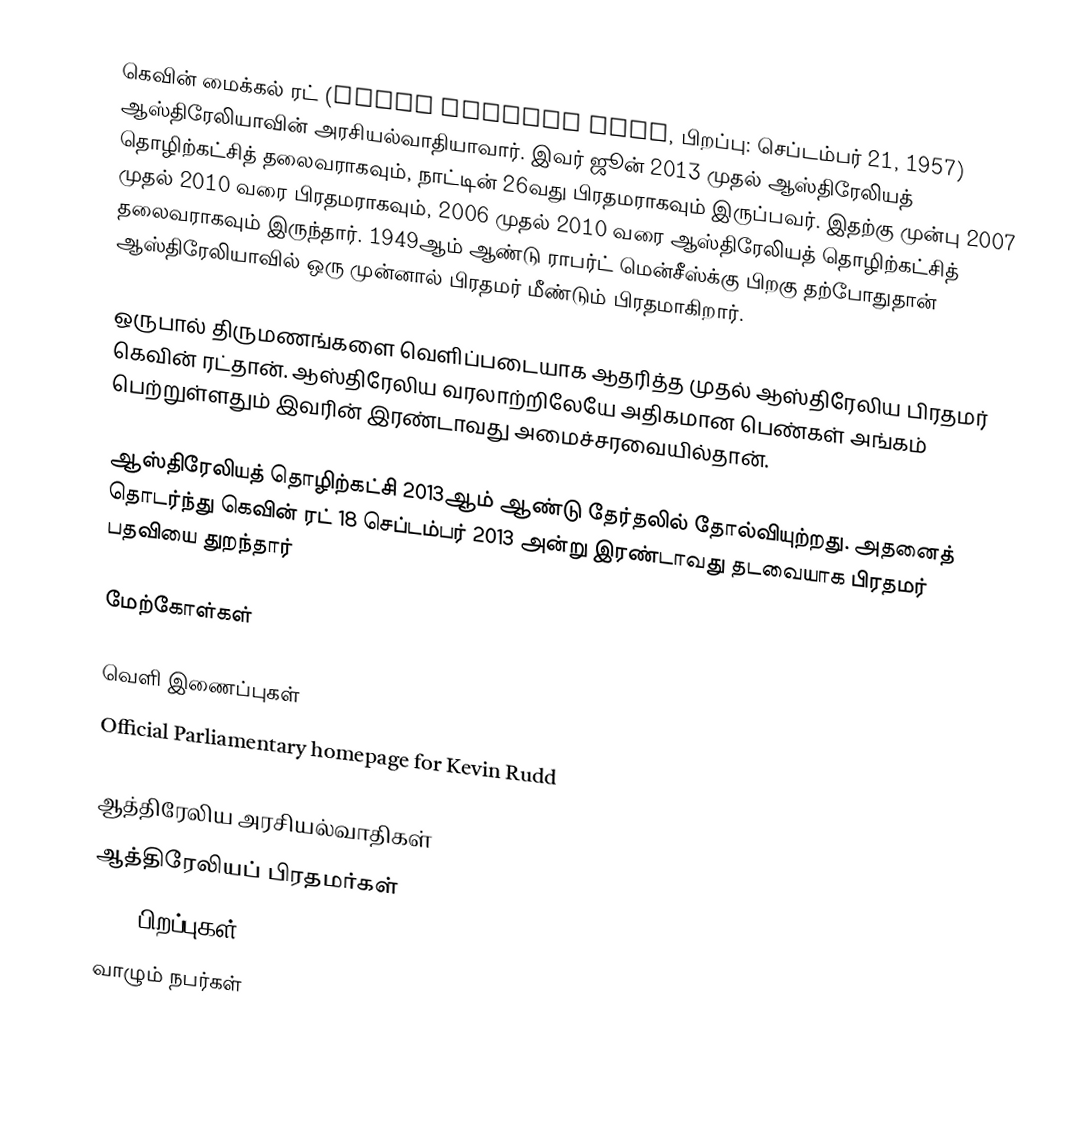
கெவின் மைக்கல் ரட் (Kevin Michael Rudd, பிறப்பு: செப்டம்பர் 21, 1957) ஆஸ்திரேலியாவின் அரசியல்வாதியாவார். இவர் ஜூன் 2013 முதல் ஆஸ்திரேலியத் தொழிற்கட்சித் தலைவராகவும், நாட்டின் 26வது பிரதமராகவும் இருப்பவர். இதற்கு முன்பு 2007 முதல் 2010 வரை பிரதமராகவும், 2006 முதல் 2010 வரை ஆஸ்திரேலியத் தொழிற்கட்சித் தலைவராகவும் இருந்தார். 1949ஆம் ஆண்டு ராபர்ட் மென்சீஸ்க்கு பிறகு தற்போதுதான் ஆஸ்திரேலியாவில் ஒரு முன்னால் பிரதமர் மீண்டும் பிரதமாகிறார்.

ஒருபால் திருமணங்களை வெளிப்படையாக ஆதரித்த முதல் ஆஸ்திரேலிய பிரதமர் கெவின் ரட்தான். ஆஸ்திரேலிய வரலாற்றிலேயே அதிகமான பெண்கள் அங்கம் பெற்றுள்ளதும் இவரின் இரண்டாவது அமைச்சரவையில்தான்.

ஆஸ்திரேலியத் தொழிற்கட்சி 2013ஆம் ஆண்டு தேர்தலில் தோல்வியுற்றது. அதனைத் தொடர்ந்து கெவின் ரட் 18 செப்டம்பர் 2013 அன்று இரண்டாவது தடவையாக பிரதமர் பதவியை துறந்தார்

மேற்கோள்கள்

வெளி இணைப்புகள்
 Official Parliamentary homepage for Kevin Rudd

ஆத்திரேலிய அரசியல்வாதிகள்
ஆத்திரேலியப் பிரதமர்கள்
1957 பிறப்புகள்
வாழும் நபர்கள்